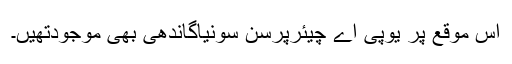
اس موقع پر یوپی اے چیئرپرسن سونیاگاندھی بھی موجودتھیں۔